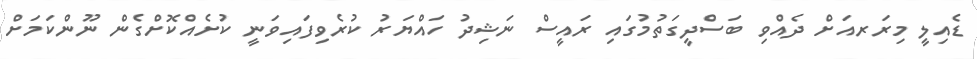
ޑެއިލީ މިރަރއަށް ދެއްވި ބަސްދީގަތުމުގައި ރައީސް ނަޝިދު ހައްޔަރު ކުރެވިފައިވަނީ ކުށެއްކޮށްގެން ނޫންކަމަށް